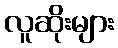
လူဆိုးများ